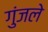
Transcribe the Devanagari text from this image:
गुंजले